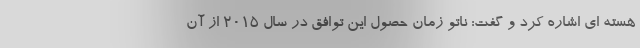
هسته ای اشاره کرد و گفت: ناتو زمان حصول این توافق در سال 2015 از آن